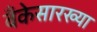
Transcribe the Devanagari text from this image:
बँकेसारख्या